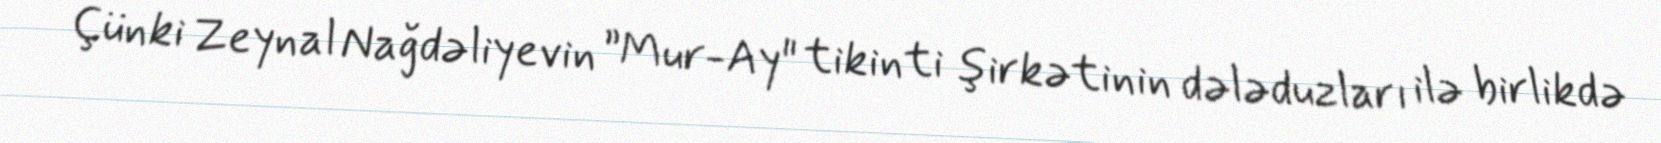
Çünki Zeynal Nağdəliyevin ”Mur-Ay" tikinti şirkətinin dələduzları ilə birlikdə